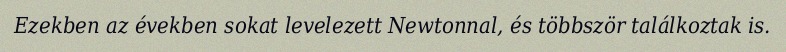
Ezekben az években sokat levelezett Newtonnal, és többször találkoztak is.